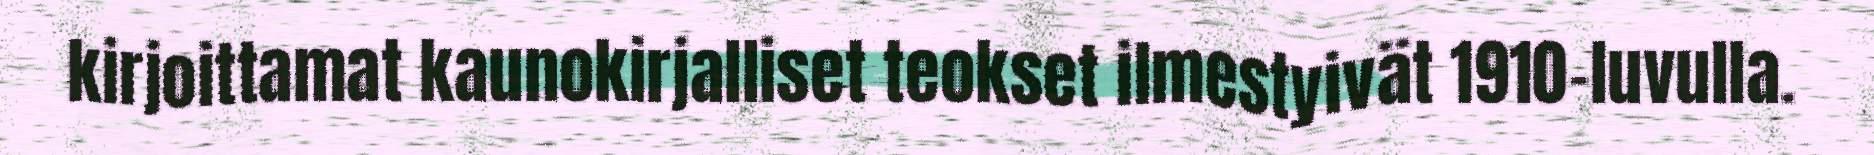
kirjoittamat kaunokirjalliset teokset ilmestyivät 1910-luvulla.